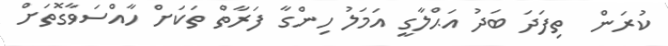
ކުރަން  ތިފަދަ ބަދު އަޙްލާގީ އަމަލު ހިންގާ ފަރާތް ތަކަށް ހާއްސަވާގޮތަށް